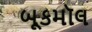
બૂકમૉલ